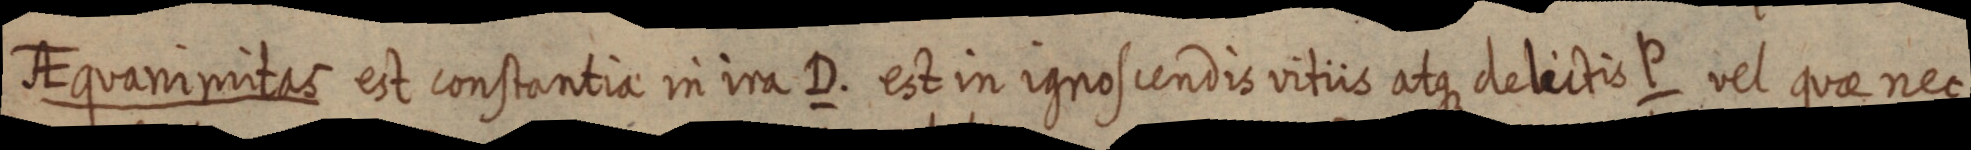
AEquanimitas est constantia in ira D. est in ignoscendis vitiis atque delictis P vel quae nec